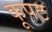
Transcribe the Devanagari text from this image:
कूपट